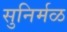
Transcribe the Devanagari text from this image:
सुनिर्मळ